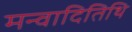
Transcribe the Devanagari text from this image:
मन्वादितिथि